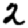
Digit: 2